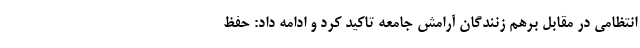
انتظامی در مقابل برهم زنندگان آرامش جامعه تاکید کرد و ادامه داد: حفظ